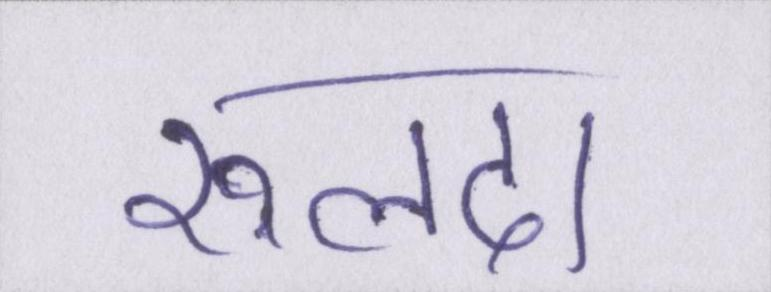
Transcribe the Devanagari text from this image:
रूलदा